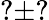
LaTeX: ?\pm?